Report of the Indian Hemp Drugs Commission, 1894-1895 - Volume VI
Year: 1894
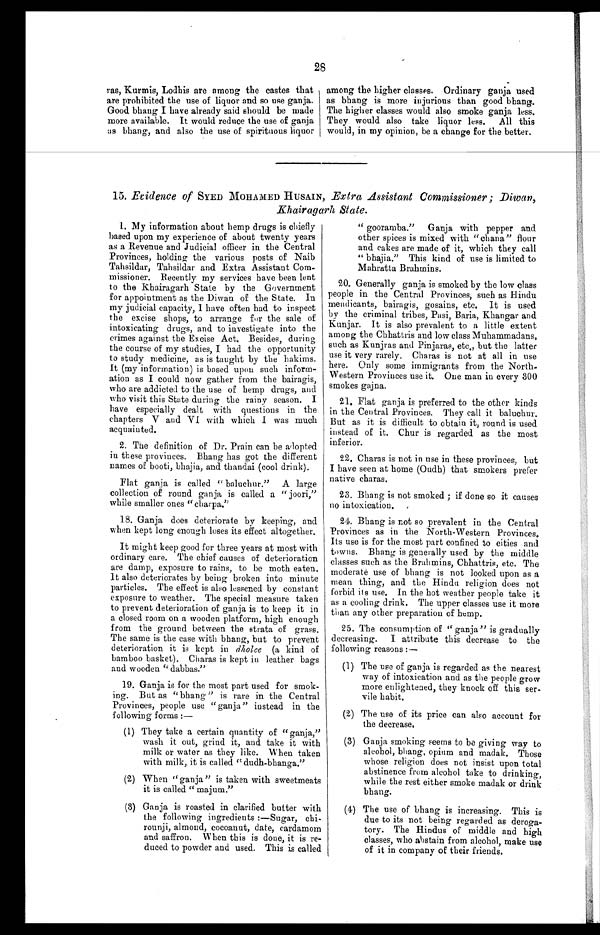
28
ras, Kurmis, Lodhis are among the castes that
are prohibited the use of liquor and so use ganja.
Good bhang I have already said should be made
more available. It would reduce the use of ganja
as bhang, and also the use of spirituous liquor
among the higher classes. Ordinary ganja used
as bhang is more injurious than good bhang.
The higher classes would also smoke ganja less.
They would also take liquor less. All this
would. in my opinion. be a change for the better.
15. Evidence of SYED MOHAMED HUSAIN, Extra Assistant Commissioner ; Diwan,
Khairagarh State.
1. My information about hemp drugs is chiefly
based upon my experience of about twenty years
as a Revenue and Judicial officer in the Central
Provinces, holding the various posts of Naib
Tahsildar, Tahsildar and Extra Assistant Com-
missioner. Recently my services have been lent
to the Khairagarh State by the Government
for appointment as the Diwan of the State. In
my judicial capacity, I have often had to inspect
the excise shops, to arrange for the sale of
intoxicating drugs, and to investigate into the
crimes against the Excise Act. Besides, during
the course of my studies, I had the opportunity
to study medicine, as is taught by the hakims.
It (my information) is based upon such inform-
ation as I could now gather from the bairagis,
who are addicted to the use of hemp drugs, and
who visit this State during the rainy season. I
have especially dealt with questions in the
chapters V and VI with which I was much
acquainted.
2. The definition of Dr. Prain can be adopted
in these provinces. Bhang has got the different
names of booti, bhajia, and thandai (cool drink).
Flat ganja is called " baluchur." A large
collection of round ganja, is called a " joori,"
while smaller ones "charpa."
18. Ganja does deteriorate by keeping, and
when kept long enough loses its effect altogether.
It might keep good for three years at most with
ordinary care. The chief causes of deterioration '
are damp, exposure to rains, to be moth eaten.
It also deteriorates by being broken into minute
particles. The effect is also lessened by constant
exposure to weather. The special measure taken
to prevent deterioration of ganja is to keep it in
a closed room on a wooden platform, high enough
from the ground between the strata of grass.
The same is the case with bhang, but to prevent
deterioration it is kept in dholee (a kind of
bamboo basket). Charas is kept in leather bags
and wooden "dabbas."
19. Ganja is for the most part used for smok-
ing. But as "bhang" is rare in the Central
Provinces, people use "ganja" instead in the
following forms :
—
(1) They take a certain quantity of " ganja,"
wash it out, grind it, and take it with
milk or water as they like. When taken
with milk, it is called "dudh-bhanga."
(2) When "ganja" is taken with sweetmeats
it is called " majum."
(3) Ganja is roasted in clarified butter with
the followin g ingredients :—Sugar, chi-
rounji, almond, cocoanut, date, cardamom
and saffron. When this is done, it is re-
duced to powder and used. This is called
" gooramba." Ganja with pepper and
other spices is mixed with "chana" flour
and cakes are made of it, which they call
" bhajia." This kind of use is limited to
Mahratta Brahmins.
20. Generally ganja is smoked by the low class
people in the Central Provinces, such as Hindu
mendicants, bairagis, gosains, etc. It is used
by the criminal tribes, Pasi, Baria, Khangar and
Kunjar. It is also prevalent to a little extent
among the Chhattris and low class Muhammadans,
such as Kunjras and Pinjaras, etc., but the latter
use it very rarely. Charas is not at all in use
here. Only some immigrants from the North-
Western Provinces use it. One man in every 300
smokes gajna.
21, Flat ganja is preferred to the other kinds
in the Central Provinces. They call it baluchur.
But as it is difficult to obtain it ; round is used
instead of it. Chur is regarded as the most
inferior.
22, Charas is not in use in these provinces, but
I have seen at home (Oudh) that smokers prefer
native charas.
23. Bhang is not smoked ; if done so it causes
no intoxication.
24. Bhang is not so prevalent in the Central
Provinces as in the North-Western Provinces.
Its use is for the most part confined to cities and
towns. Bhang is generally used by the middle
classes such as the Brahmins, Chhattris, etc. The
moderate use of bhang is not looked upon as a
mean thing, and the Hindu religion does not
forbid its use. In the hot weather people take it
as a cooling drink. The upper classes use it more
than any other preparation of hemp.
25. The consumption of " ganja" is gradually
decreasing. I attribute this decrease to the
following reasons :
—
(1) The use of ganja is regarded as the nearest
way of intoxication and as the people grow
more enlightened, they knock off this ser-
vile habit.
(2) The use of its price can also account for
the decrease.
(3) Ganja smoking seems to be giving way to
alcohol, bhang, opium and madak. Those
whose religion does not insist upon total
abstinence from alcohol take to drinking,
while the rest either smoke madak or drink
bhang.
(4) The use of bhang is increasing. This is
due to its not being regarded as deroga-
tory. The Hindus of middle and high
classes, who abstain from alcohol, make use
of it in company of their friends.
•